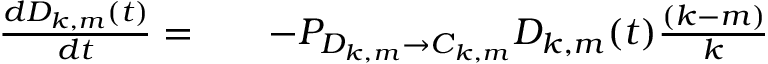
\begin{array} { r l r } { \frac { d D _ { k , m } ( t ) } { d t } = } & { { } } & { - P _ { D _ { k , m } \rightarrow C _ { k , m } } D _ { k , m } ( t ) \frac { ( k - m ) } { k } } \end{array}